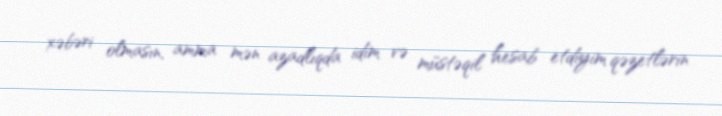
xəbəri olmasın, amma mən azadlıqda idim və müstəqil hesab etdiyim qəzetlərin